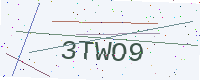
Text: 3TWO9